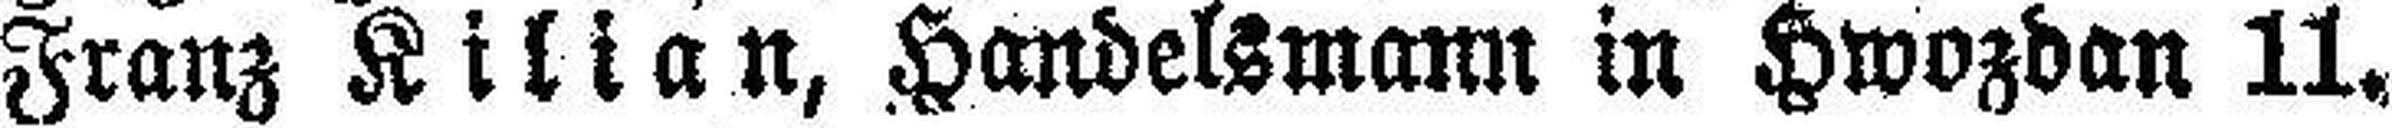
Franz Kilian, Handelsmann in Hwozdan 11.